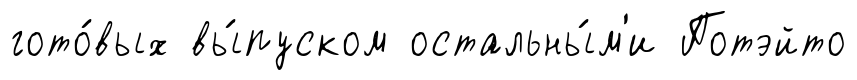
гото́вых вы́пуском остальны́м'и Потэйто